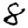
Digit: 8